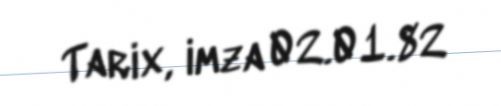
Tarix, imza 02.01.82